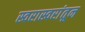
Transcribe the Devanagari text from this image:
स्वरास्वरांतून